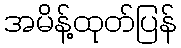
အမိန့်ထုတ်ပြန်